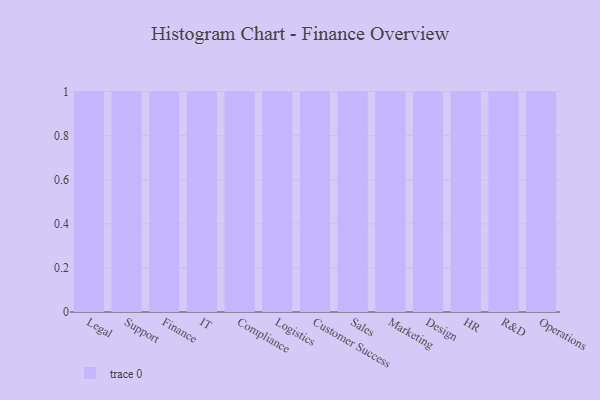
{"axis": {"x": "Department", "y": "Tickets Resolved"}, "legend": [""], "data": [{"x": "Legal", "y": 65, "type": ""}, {"x": "Support", "y": 20, "type": ""}, {"x": "Finance", "y": 17, "type": ""}, {"x": "IT", "y": 86, "type": ""}, {"x": "Compliance", "y": 17, "type": ""}, {"x": "Logistics", "y": 15, "type": ""}, {"x": "Customer Success", "y": 32, "type": ""}, {"x": "Sales", "y": 22, "type": ""}, {"x": "Marketing", "y": 8, "type": ""}, {"x": "Design", "y": 76, "type": ""}, {"x": "HR", "y": 14, "type": ""}, {"x": "R&D", "y": 15, "type": ""}, {"x": "Operations", "y": 34, "type": ""}]}